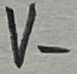
Text: V-